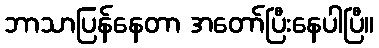
ဘာသာပြန်နေတာ အတော်ပြီးနေပါပြီ။